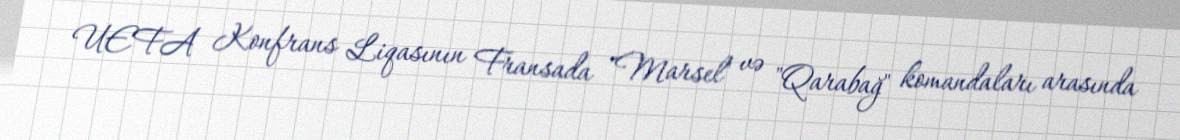
UEFA Konfrans Liqasının Fransada "Marsel" və "Qarabağ" komandaları arasında